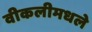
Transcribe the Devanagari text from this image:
वीकलीमधले